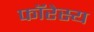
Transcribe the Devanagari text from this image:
फॉरेस्य